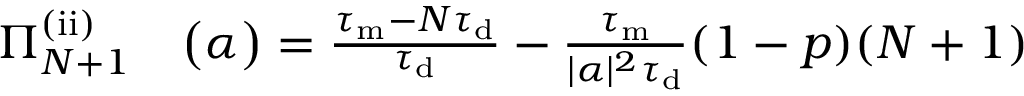
\begin{array} { r l } { \Pi _ { N + 1 } ^ { \mathrm { ( i i ) } } } & { { } \big ( \alpha \big ) = \frac { \tau _ { \mathrm { m } } - N \tau _ { \mathrm { d } } } { \tau _ { \mathrm { d } } } - \frac { \tau _ { \mathrm { m } } } { | \alpha | ^ { 2 } \tau _ { \mathrm { d } } } ( 1 - p ) ( N + 1 ) } \end{array}